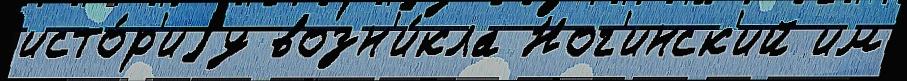
исто́р'иjу возн'и́кла Ног'инск'ий им